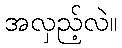
အလှည့်လဲ။